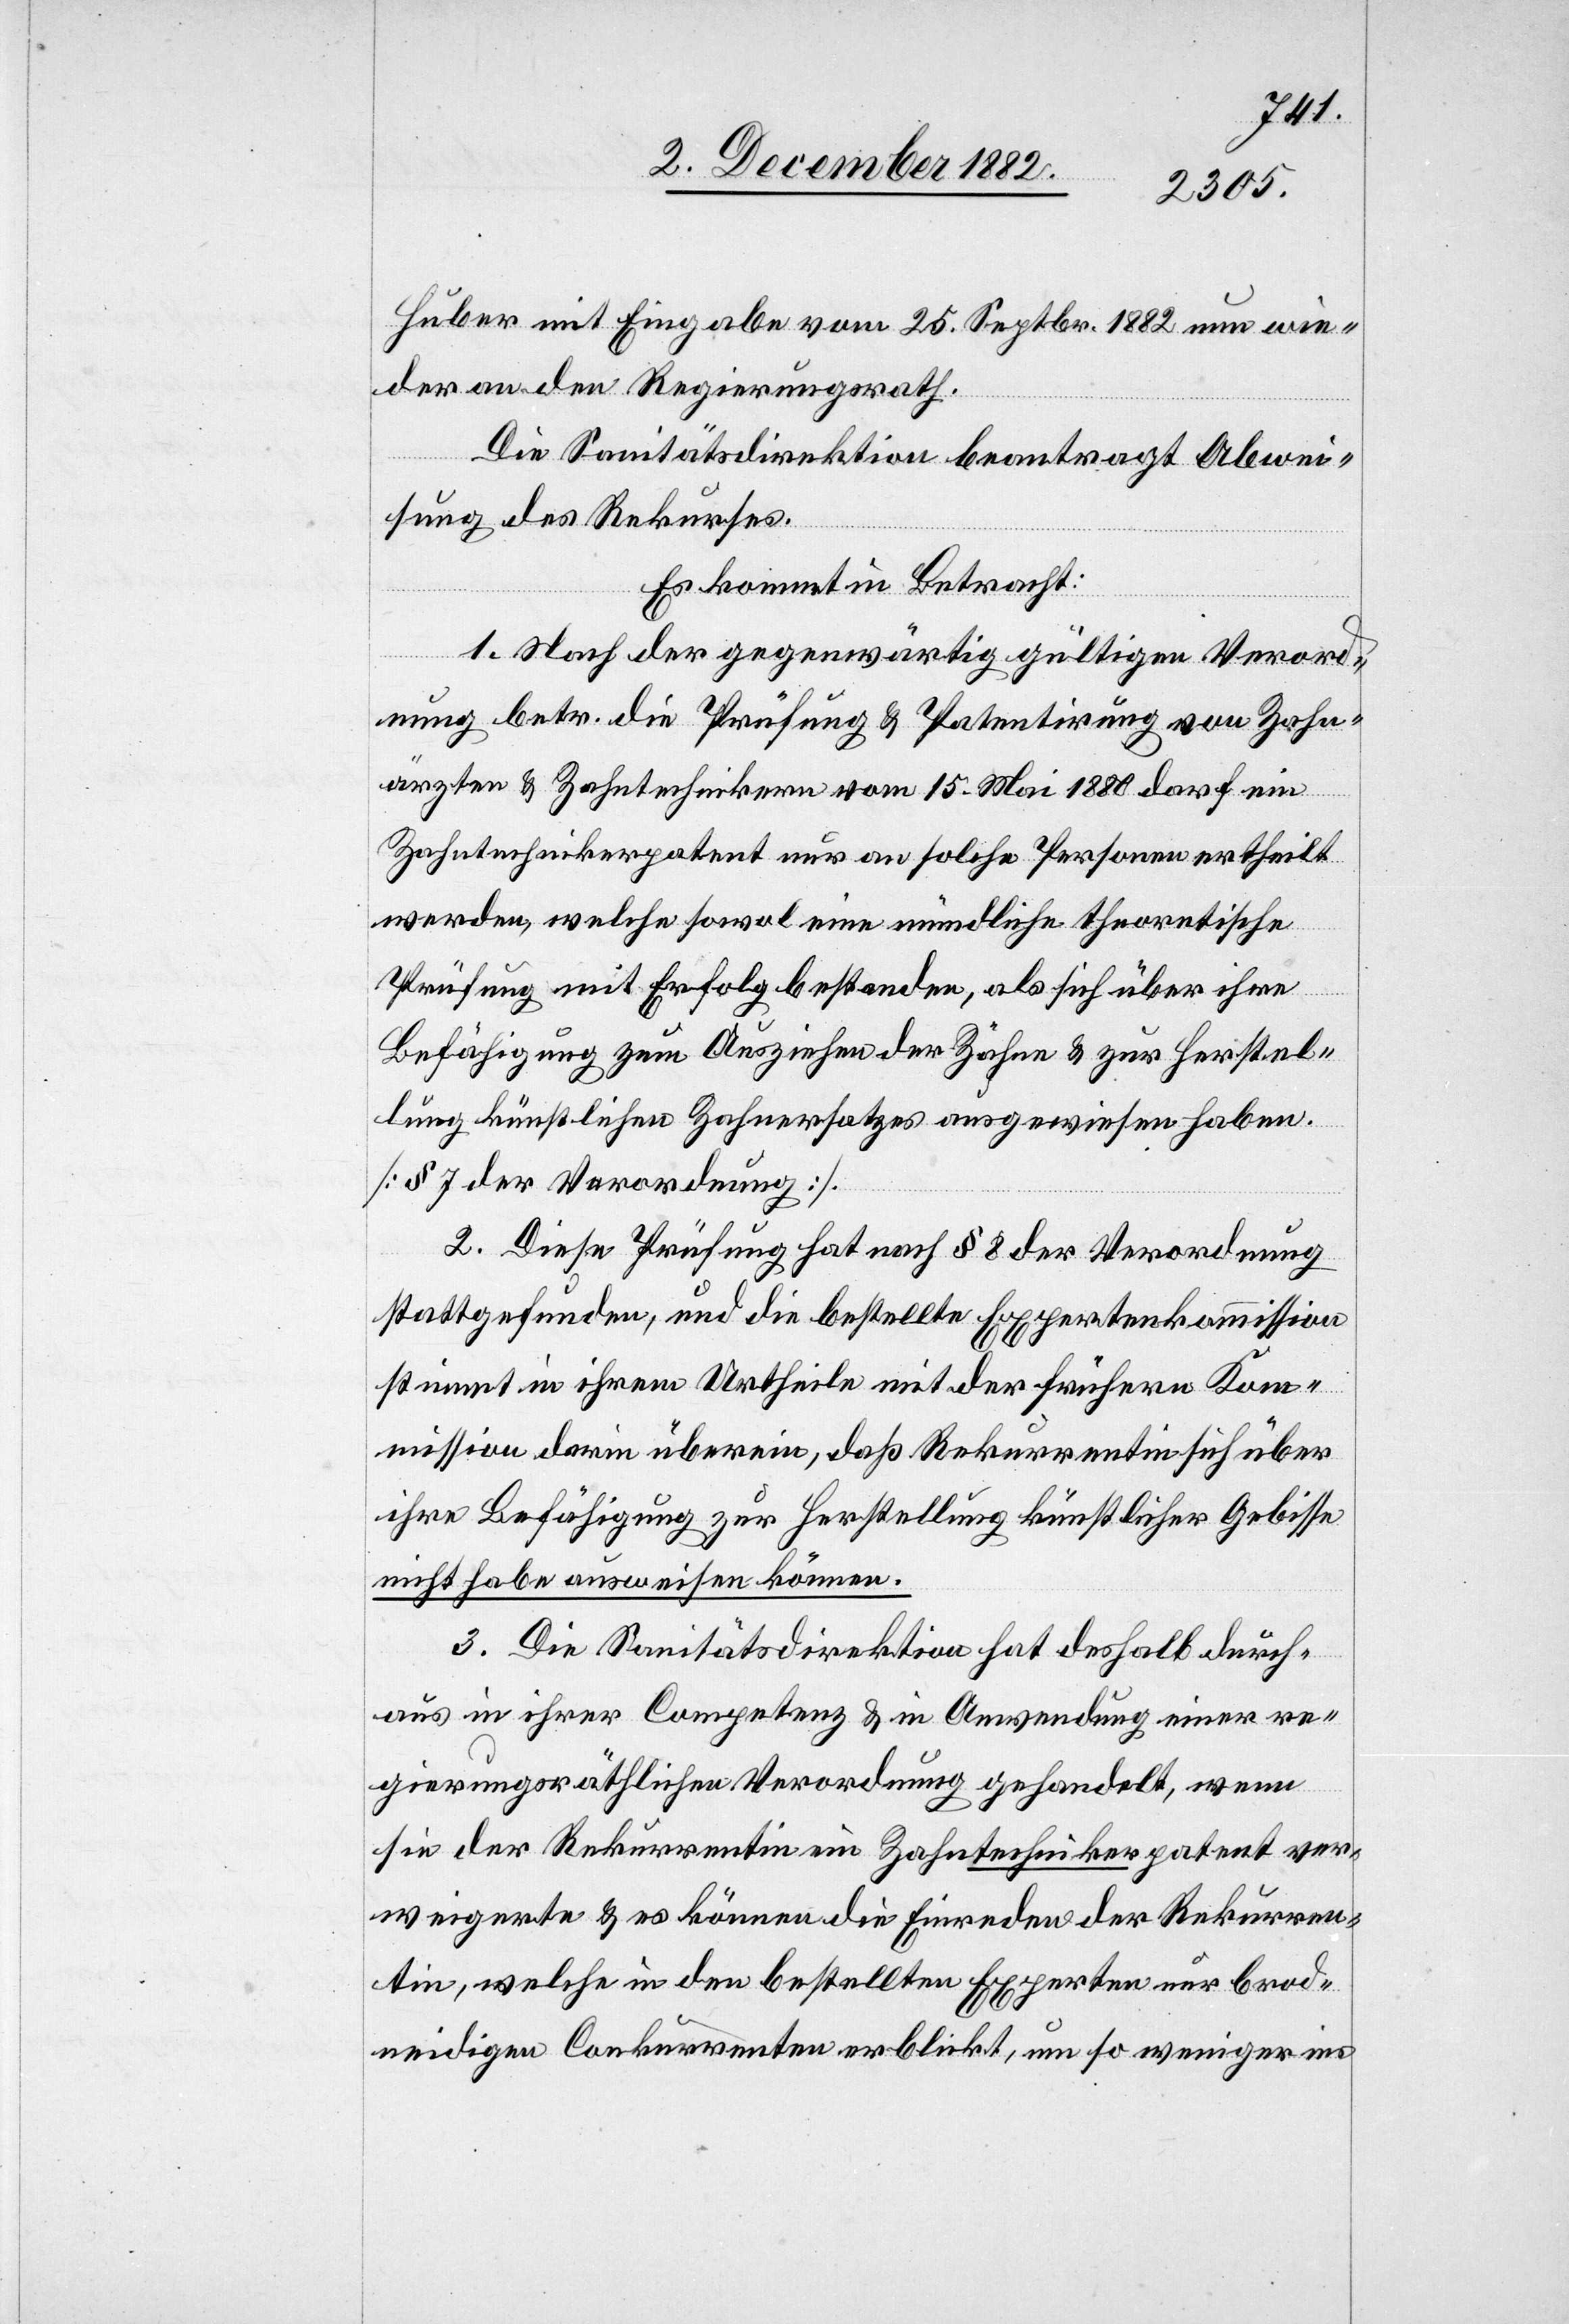
Huber mit Eingabe vom 25. Septbr. 1882 nun wie¬
der an den Regierungsrath.
Die Sanitätsdirektion beantragt Abwei¬
sung des Rekurses.
Es kommt in Betracht:
1. Nach der gegenwärtig gültigen Verord¬
nung betr. die Prüfung & Patentirung von Zahn¬
ärzten & Zahntechnikern vom 15. Mai 1880 darf ein
Zahntechnikerpatent nur an solche Personen ertheilt
werden, welche sowol eine mündliche theoretische
Prüfung mit Erfolg bestanden, als sich über ihre
Befähigung zum Ausziehen der Zähne & zur Herstel¬
lung künstlichen Zahnersatzes ausgewiesen haben.
[§ 7 der Verordnung].
2. Diese Prüfung hat nach § 8 der Verordnung
stattgefunden, und die bestellte Expertenkommission
stimmt in ihrem Urtheile mit der frühern Kom¬
mission darin überein, daß Rekurrentin sich über
ihre Befähigung zur Herstellung künstlicher Gebisse
nicht habe ausweisen können.
3. Die Sanitätsdirektion hat deshalb durch¬
aus in ihrer Competenz & in Anwendung einer re¬
gierungsräthlichen Verordnung gehandelt, wenn
sie der Rekurrentin ein Zahntechnikerpatent ver¬
weigerte & es können die Einreden der Rekurren¬
tin, welche in den bestellten Experten nur brod¬
neidigen [sic!] Conkurrenten erblickt, um so weniger ins